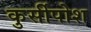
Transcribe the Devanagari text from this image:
कुर्सीपोश